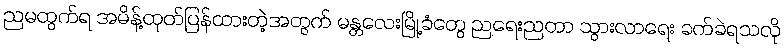
ညမထွက်ရ အမိန့်ထုတ်ပြန်ထားတဲ့အတွက် မန္တလေးမြို့ခံတွေ ညရေးညတာ သွားလာရေး ခက်ခဲရသလို